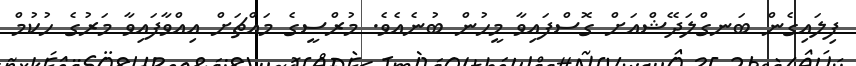
ފިލައިގެން ބަނގްލަދޭޝްއަށް ގޮސްފައިވާ މީހުން ބުނެއެވެ. މުރްސީގެ މައްޗަށް އިއްވާފައިވާ މަރުގެ ހުކުމް